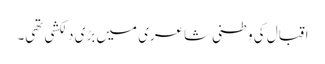
اقبال کی وطنی شاعری میں بڑی دلکشی تھی۔